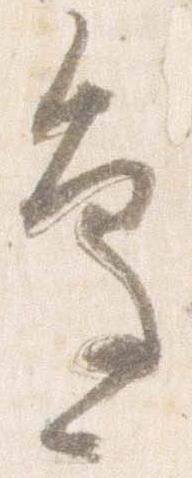
辺